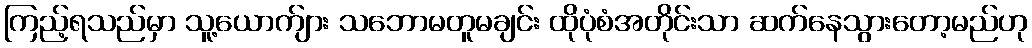
ကြည့်ရသည်မှာ သူ့ယောက်ျား သဘောမတူမချင်း ထိုပုံစံအတိုင်းသာ ဆက်နေသွားတော့မည်ဟု